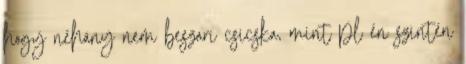
hogy néhány nem beszari csicska, mint pl én szintén